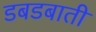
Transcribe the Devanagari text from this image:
डबडबाती